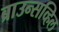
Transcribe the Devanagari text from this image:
ब्राउन्सव्हिल